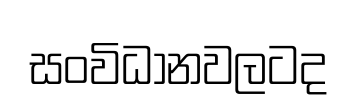
සංවිධානවලටද